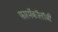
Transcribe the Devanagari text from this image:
फारमॅकॉलॉजी